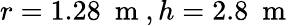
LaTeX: r=1.28~\mathrm{~m~},h=2.8~\mathrm{~m~}